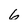
Character: 6